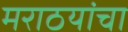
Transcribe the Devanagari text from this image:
मराठयांचा